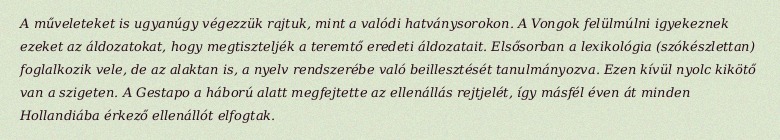
A műveleteket is ugyanúgy végezzük rajtuk, mint a valódi hatványsorokon. A Vongok felülmúlni igyekeznek ezeket az áldozatokat, hogy megtiszteljék a teremtő eredeti áldozatait. Elsősorban a lexikológia (szókészlettan) foglalkozik vele, de az alaktan is, a nyelv rendszerébe való beillesztését tanulmányozva. Ezen kívül nyolc kikötő van a szigeten. A Gestapo a háború alatt megfejtette az ellenállás rejtjelét, így másfél éven át minden Hollandiába érkező ellenállót elfogtak.